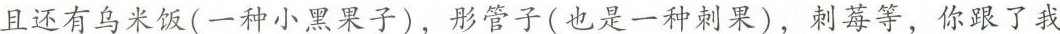
且还有乌米饭（是一种小黑果子）、彤管子（也是一种刺果）、刺莓等=等，你跟了我